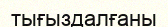
тығыздалғаны